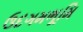
ઉદગમભૂમિ